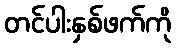
တင်ပါးနှစ်ဖက်ကို